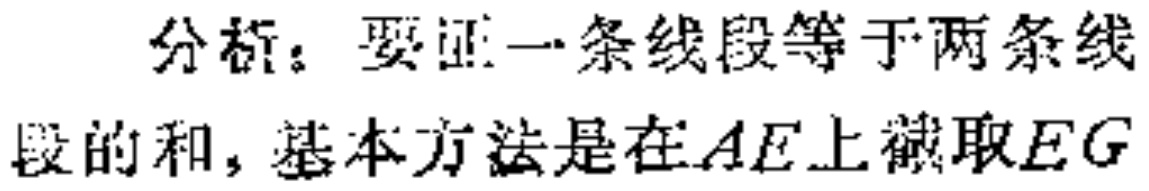
分析：要证一条线段等于两条线段的和，基本方法是在\(AE\)上截取\(EG\)